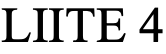
LIITE 4